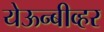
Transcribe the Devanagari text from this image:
येऊन्बीव्हर